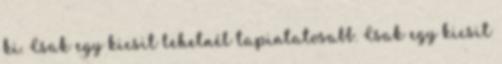
ki. Csak egy kicsit lehetnél tapintatosabb. Csak egy kicsit